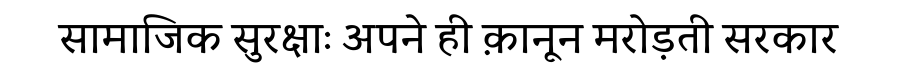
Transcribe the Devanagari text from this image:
सामाजिक सुरक्षाः अपने ही क़ानून मरोड़ती सरकार